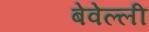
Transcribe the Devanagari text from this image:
बेवेल्ली